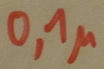
Text: 0,1µ